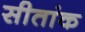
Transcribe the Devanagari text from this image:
सीतांक